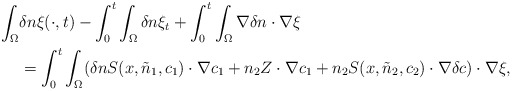
\begin{align*}\begin{aligned}\int_{\Omega}&\delta n \xi(\cdot,t)-\int_{0}^{t}\int_{\Omega} \delta n \xi_{t} +\int_{0}^{t}\int_{\Omega}\nabla\delta n\cdot \nabla \xi\\&=\int_{0}^{t}\int_{\Omega}( \delta n S(x,\tilde{n}_{1},c_{1}) \cdot \nabla c_{1} +n_{2} Z \cdot \nabla c_{1} +n_{2}S(x,\tilde{n}_{2},c_{2}) \cdot \nabla \delta c)\cdot \nabla \xi,\end{aligned}\end{align*}